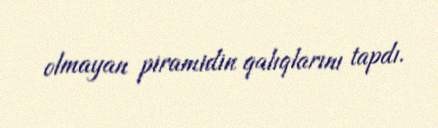
olmayan piramidin qalıqlarını tapdı.